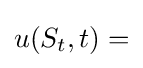
u(S_{t},t)=